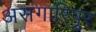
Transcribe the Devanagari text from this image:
असगारिपुर